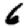
Digit: 6